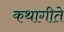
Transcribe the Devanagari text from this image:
कथागीते